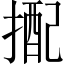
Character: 𢲭